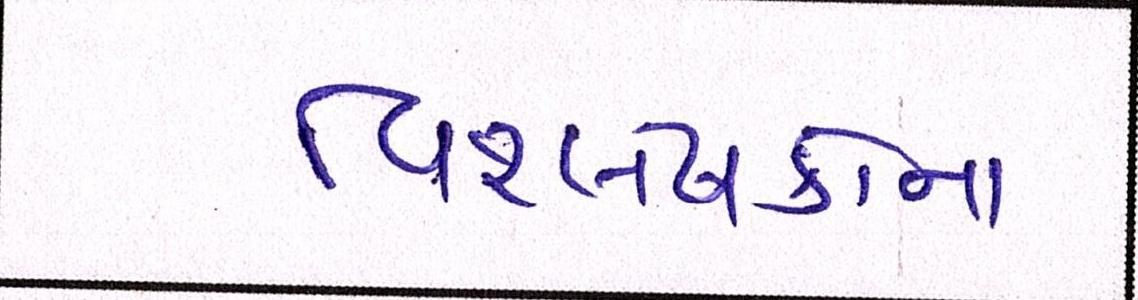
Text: વિશ્લેષકોના